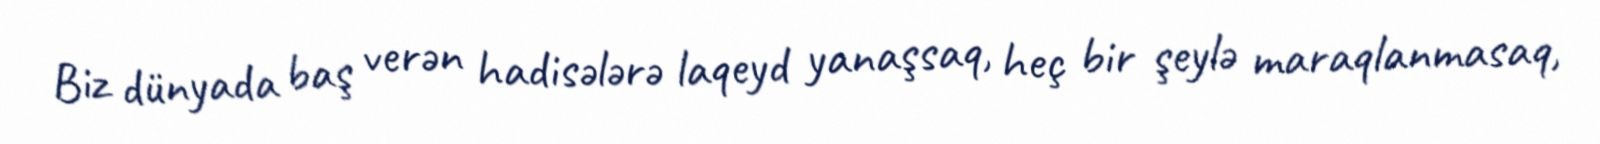
Biz dünyada baş verən hadisələrə laqeyd yanaşsaq, heç bir şeylə maraqlanmasaq,